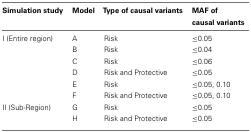
| Simulation study | Model | Type of causal variants | MAF of causal variants |
 | --- | --- | --- | --- |
 | I (Entire region) | A | Risk | ≤0.05 |
 |  | B | Risk | ≤0.04 |
 |  | C | Risk | ≤0.06 |
 |  | D | Risk and Protective | ≤0.05 |
 |  | E | Risk | ≤0.05, 0.10 |
 |  | F | Risk and Protective | ≤0.05, 0.10 |
 | II (Sub-Region) | G | Risk | ≤0.05 |
 |  | H | Risk and Protective | ≤0.05 |